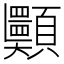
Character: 𩖂